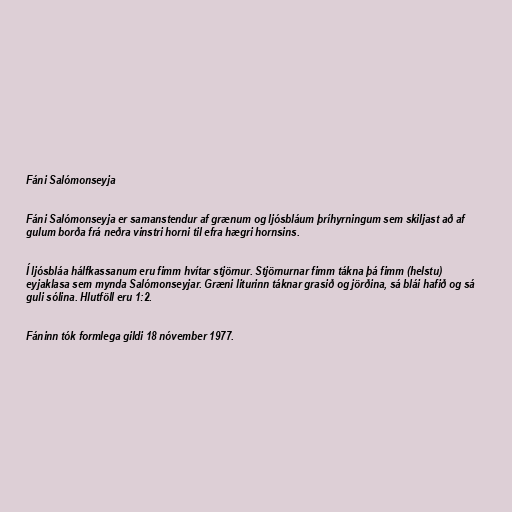
Fáni Salómonseyja

Fáni Salómonseyja er samanstendur af grænum og ljósbláum þríhyrningum sem skiljast að af
gulum borða frá neðra vinstri horni til efra hægri hornsins.

Í ljósbláa hálfkassanum eru fimm hvítar stjörnur. Stjörnurnar fimm tákna þá fimm (helstu)
eyjaklasa sem mynda Salómonseyjar. Græni liturinn táknar grasið og jörðina, sá blái hafið og sá
guli sólina. Hlutföll eru 1:2.

Fáninn tók formlega gildi 18 nóvember 1977.